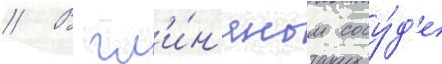
// В гл'и́н'яном сосу́д'е